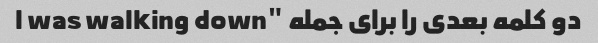
دو کلمه بعدی را برای جمله "I was walking down